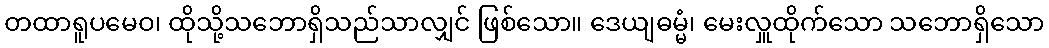
တထာရူပမေဝ၊ ထိုသို့သဘောရှိသည်သာလျှင် ဖြစ်သော။ ဒေယျဓမ္မံ၊ မေးလှူထိုက်သော သဘောရှိသော